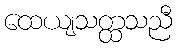
ထေယျသတ္ထသညီ